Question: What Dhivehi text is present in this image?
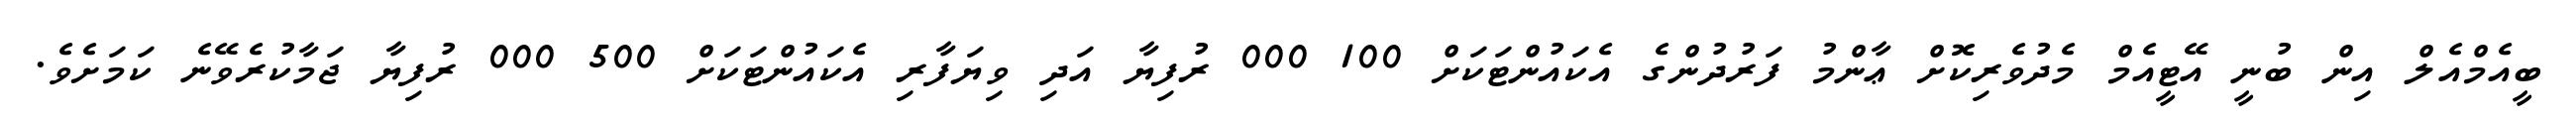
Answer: ބީއެމްއެލް އިން ބުނީ އޭޓީއެމް މެދުވެރިކޮށް ޢާންމު ފަރުދުންގެ އެކައުންޓަކަށް 100 000 ރުފިޔާ އަދި ވިޔަފާރި އެކައުންޓަކަށް 500 000 ރުފިޔާ ޖަމާކުރެވޭނެ ކަމަށެވެ.